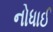
નોધાઈ